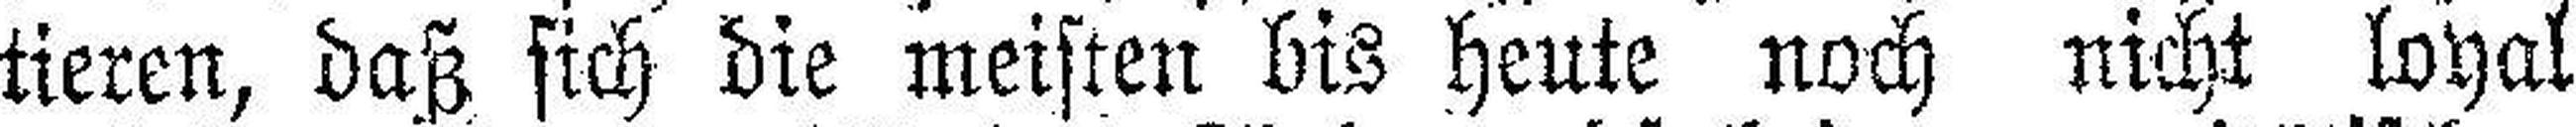
tieren, daß sich die meisten bis heute noch nicht loyal